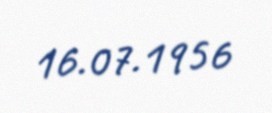
16.07.1956